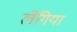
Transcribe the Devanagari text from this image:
लेगिया